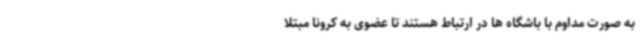
به صورت مداوم با باشگاه ها در ارتباط هستند تا عضوی به کرونا مبتلا